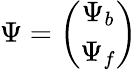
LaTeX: \Psi=\left(\begin{array}{c}{\Psi_{b}}\\ {\Psi_{f}}\end{array}\right)